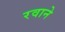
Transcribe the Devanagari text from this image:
रवाने